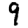
Digit: 9